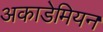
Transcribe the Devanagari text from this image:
अकाडेमियन